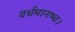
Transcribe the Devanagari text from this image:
वर्धमानष्च।